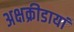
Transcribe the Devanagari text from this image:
अक्षक्रीडायां